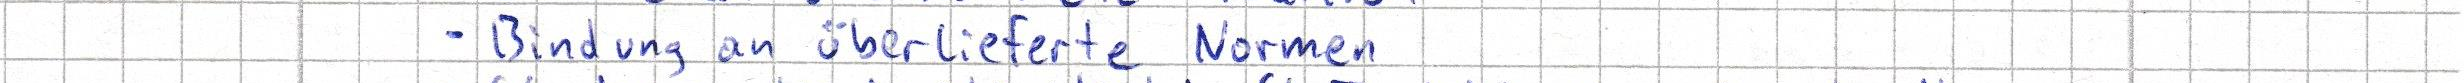
- Bindung an überlieferte Normen